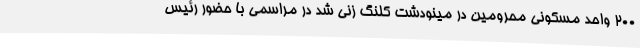
200 واحد مسکونی محرومین در مینودشت کلنگ زنی شد در مراسمی با حضور رئیس